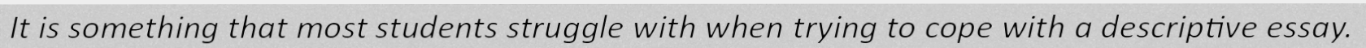
It is something that most students struggle with when trying to cope with a descriptive essay.